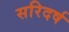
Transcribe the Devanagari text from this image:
सरिदर्ष